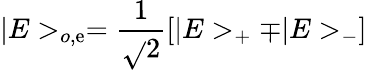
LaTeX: |E>_{o,\mathrm{e}}=\frac{{1}}{{\sqrt{}{2}}}[|E>_{+}\mp|E>_{-}]